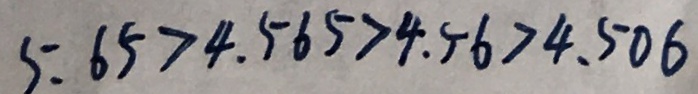
5 . 6 5 > 4 . 5 6 5 > 4 . 5 6 > 4 . 5 0 6